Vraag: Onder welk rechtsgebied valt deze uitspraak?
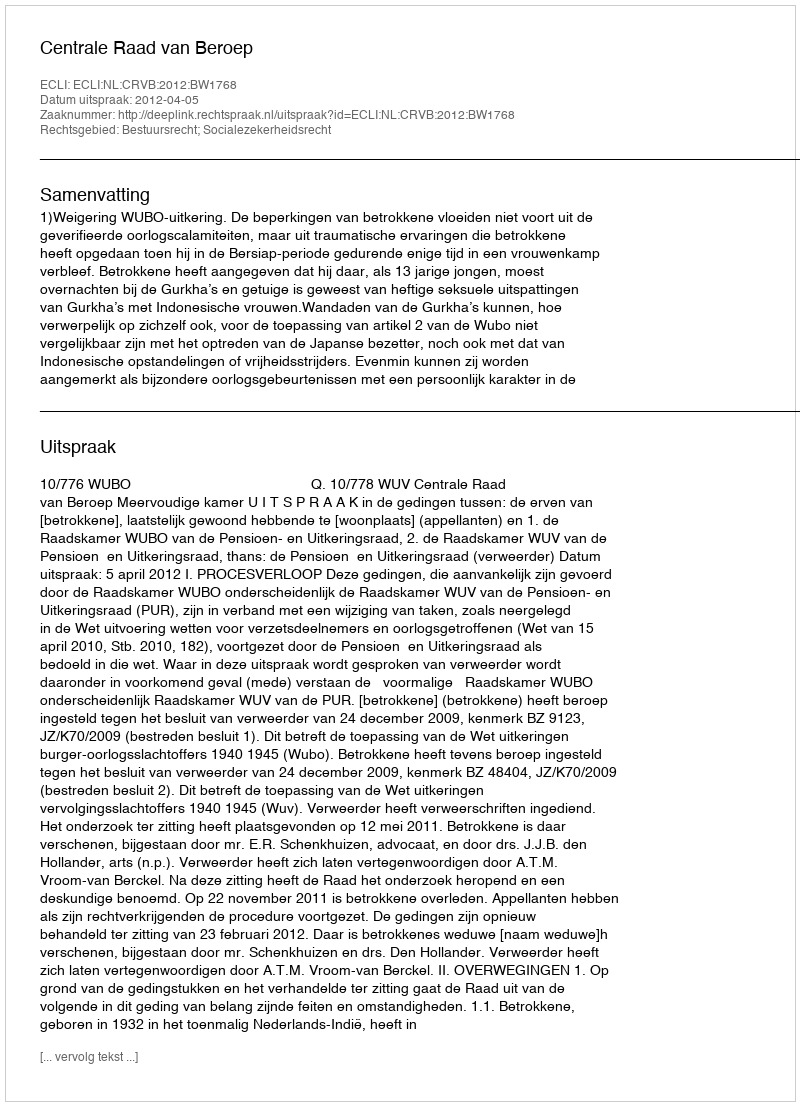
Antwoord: Bestuursrecht; Socialezekerheidsrecht